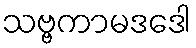
သဗ္ဗကာမဒဒေါ